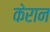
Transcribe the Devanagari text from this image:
केरान